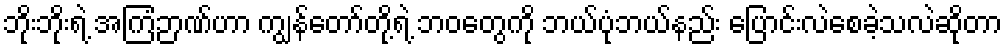
ဘိုးဘိုးရဲ့ အကြံဉာဏ်ဟာ ကျွန်တော်တို့ရဲ့ ဘဝတွေကို ဘယ်ပုံဘယ်နည်း ပြောင်းလဲစေခဲ့သလဲဆိုတာ